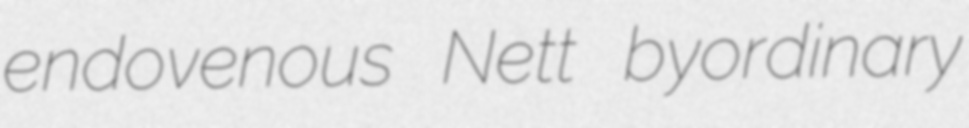
endovenous Nett byordinary